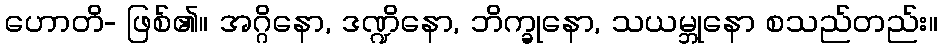
ဟောတိ- ဖြစ်၏။ အဂ္ဂိနော, ဒဏ္ဍိနော, ဘိက္ခုနော, သယမ္ဘုနော စသည်တည်း။